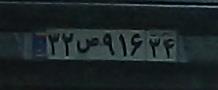
۳۲ص۹۱۶۳۴